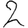
Digit: 2